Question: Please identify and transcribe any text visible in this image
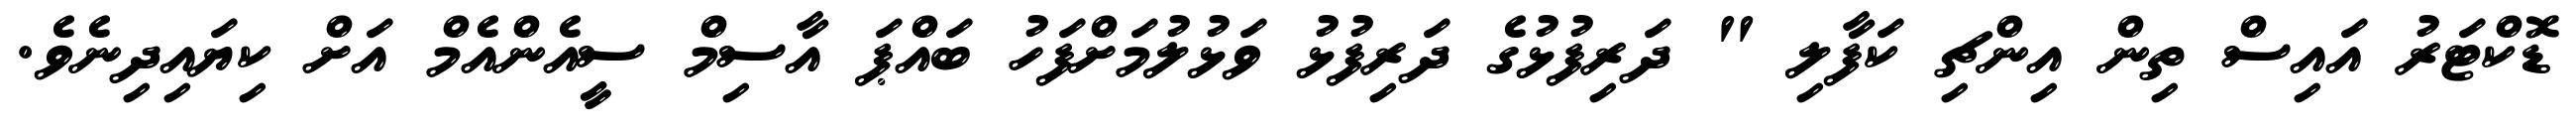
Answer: ޑޮކްޓަރު އައިސް ތިން އިންޗި ކަފާލި " ދަރިފުޅުގެ ދަރިފުޅު ވަޅުލުމަށްފަހު ބައްޕަ އާސިމް ސީއެންއެމް އަށް ކިޔައިދިނެވެ.